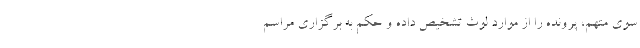
سوی متهم، پرونده را از موارد لوث تشخیص داده و حکم به برگزاری مراسم